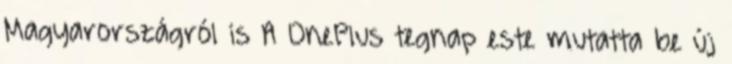
Magyarországról is A OnePlus tegnap este mutatta be új